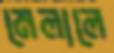
মেলালে